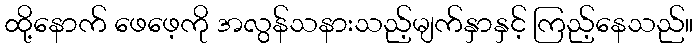
ထို့နောက် ဖေဖေ့ကို အလွန်သနားသည့်မျက်နှာနှင့် ကြည့်နေသည်။